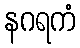
နဂရကံ